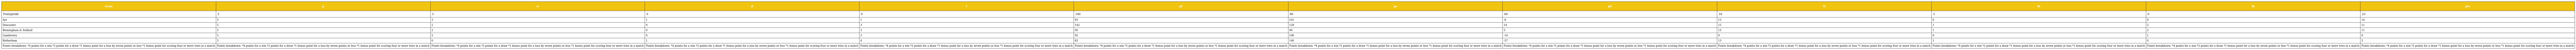
| team | p | w | d | l | pf | pa | pd | tf | tb | lb | pts |
 | --- | --- | --- | --- | --- | --- | --- | --- | --- | --- | --- | --- |
 | Pontypridd | 5 | 5 | 0 | 0 | 140 | 80 | 60 | 18 | 3 | 0 | 23 |
 | Ayr | 5 | 3 | 1 | 1 | 93 | 101 | -8 | 13 | 0 | 0 | 14 |
 | Doncaster | 5 | 2 | 0 | 3 | 142 | 128 | 14 | 15 | 1 | 2 | 11 |
 | Birmingham & Solihull | 5 | 2 | 0 | 3 | 95 | 90 | 5 | 13 | 1 | 2 | 11 |
 | Llandovery | 5 | 2 | 0 | 3 | 92 | 106 | -14 | 9 | 0 | 1 | 9 |
 | Rotherham | 5 | 0 | 1 | 4 | 83 | 140 | -57 | 13 | 1 | 0 | 3 |
 | Points breakdown: *4 points for a win *2 points for a draw *1 bonus point for a loss by seven points or less *1 bonus point for scoring four or more tries in a match | Points breakdown: *4 points for a win *2 points for a draw *1 bonus point for a loss by seven points or less *1 bonus point for scoring four or more tries in a match | Points breakdown: *4 points for a win *2 points for a draw *1 bonus point for a loss by seven points or less *1 bonus point for scoring four or more tries in a match | Points breakdown: *4 points for a win *2 points for a draw *1 bonus point for a loss by seven points or less *1 bonus point for scoring four or more tries in a match | Points breakdown: *4 points for a win *2 points for a draw *1 bonus point for a loss by seven points or less *1 bonus point for scoring four or more tries in a match | Points breakdown: *4 points for a win *2 points for a draw *1 bonus point for a loss by seven points or less *1 bonus point for scoring four or more tries in a match | Points breakdown: *4 points for a win *2 points for a draw *1 bonus point for a loss by seven points or less *1 bonus point for scoring four or more tries in a match | Points breakdown: *4 points for a win *2 points for a draw *1 bonus point for a loss by seven points or less *1 bonus point for scoring four or more tries in a match | Points breakdown: *4 points for a win *2 points for a draw *1 bonus point for a loss by seven points or less *1 bonus point for scoring four or more tries in a match | Points breakdown: *4 points for a win *2 points for a draw *1 bonus point for a loss by seven points or less *1 bonus point for scoring four or more tries in a match | Points breakdown: *4 points for a win *2 points for a draw *1 bonus point for a loss by seven points or less *1 bonus point for scoring four or more tries in a match | Points breakdown: *4 points for a win *2 points for a draw *1 bonus point for a loss by seven points or less *1 bonus point for scoring four or more tries in a match |